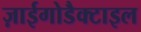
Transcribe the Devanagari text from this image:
ज़ाईगोडैक्टाइल